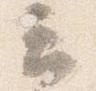
云